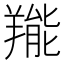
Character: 𦎵